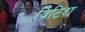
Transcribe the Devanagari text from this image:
व्रिटिश